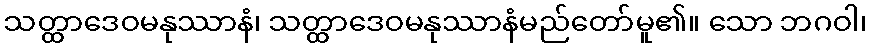
သတ္ထာဒေဝမနုဿာနံ၊ သတ္ထာဒေဝမနုဿာနံမည်တော်မူ၏။ သော ဘဂဝါ၊